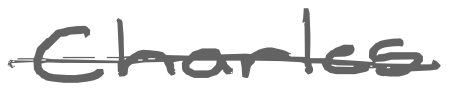
Text: Charles
Cross-out: single-line
Writing tool: digital_gray